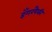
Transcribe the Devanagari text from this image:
हँगरपैकी